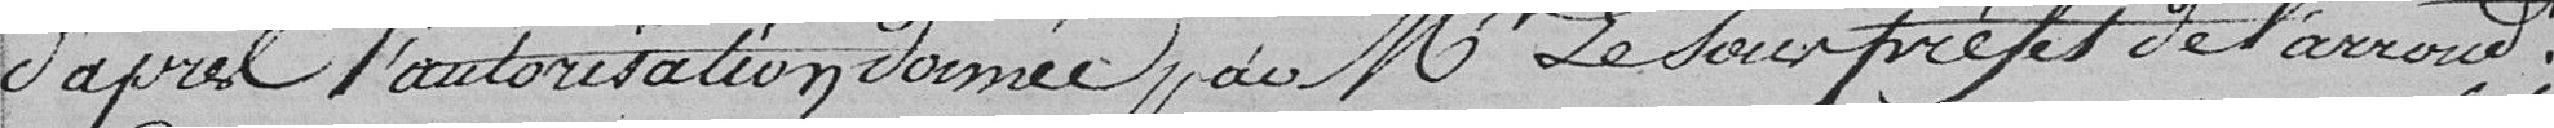
d'après l'autorisation donnée par Monsieur Le Sous-Préfet de l'arrondissement